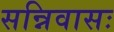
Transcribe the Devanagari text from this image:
सन्निवासः